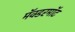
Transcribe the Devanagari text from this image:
मॅक्डरमॉट